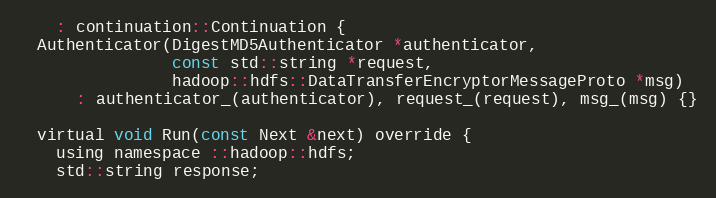
Language: C
    : continuation::Continuation {
  Authenticator(DigestMD5Authenticator *authenticator,
                const std::string *request,
                hadoop::hdfs::DataTransferEncryptorMessageProto *msg)
      : authenticator_(authenticator), request_(request), msg_(msg) {}

  virtual void Run(const Next &next) override {
    using namespace ::hadoop::hdfs;
    std::string response;